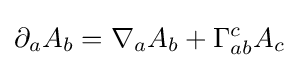
\partial _{a}A_{b}=\nabla _{a}A_{b}+\Gamma _{ab}^{c}A_{c}